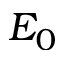
E _ { 0 }